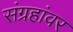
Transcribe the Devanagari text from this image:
संग्रहांवर